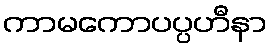
ကာမကောပပ္ပဟီနာ